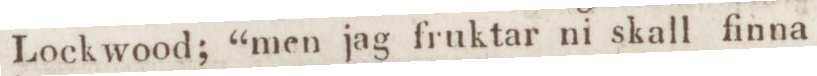
Lockwood; “men jag fruktar ni skall finna